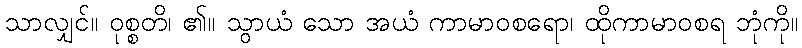
သာလျှင်။ ဝုစ္စတိ၊ ၏။ သွာယံ သော အယံ ကာမာဝစရော၊ ထိုကာမာဝစရ ဘုံကို။